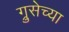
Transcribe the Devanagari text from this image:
ग्रुसेच्या